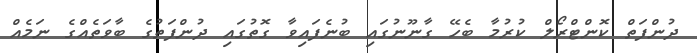
ދުންފަތް ކޮންޓްރޯލް ކުރުމާ ބެހޭ ގާނޫނުގައި ބުނެފައިވާ ގޮތުގައި ދުންފަތުގެ ބާވަތެއްގެ ނަމެއް